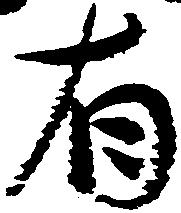
有